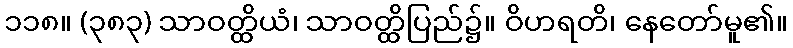
၁၁၈။ (၃၈၃) သာဝတ္ထိယံ၊ သာဝတ္ထိပြည်၌။ ဝိဟရတိ၊ နေတော်မူ၏။